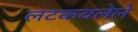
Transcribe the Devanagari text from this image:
लटकवलेले